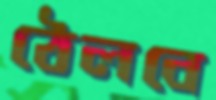
ঠেলবে